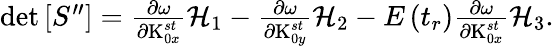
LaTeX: \begin{array}{r}{\det\left[S^{\prime\prime}\right]=\frac{\partial\omega}{\partial\textrm{K}_{0x}^{st}}\mathcal{H}_{1}-\frac{\partial\omega}{\partial\textrm{K}_{0y}^{st}}\mathcal{H}_{2}-E\left(t_{r}\right)\frac{\partial\omega}{\partial\textrm{K}_{0x}^{st}}\mathcal{H}_{3}.}\end{array}